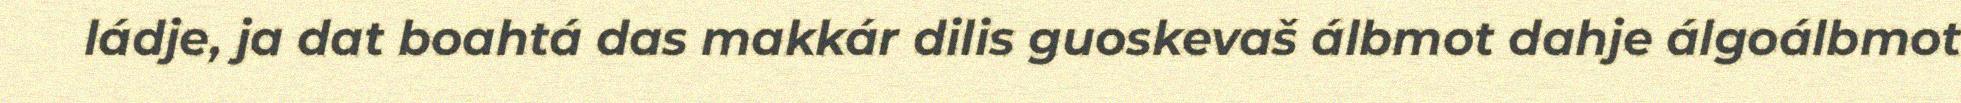
ládje, ja dat boahtá das makkár dilis guoskevaš álbmot dahje álgoálbmot